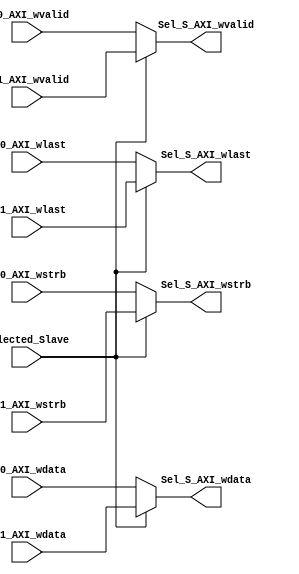
module WD_MUX_2_1 #(parameter S_Write_data_bus_width='d32,S_Write_data_bytes_num=S_Write_data_bus_width/8

) (
    input  wire                          Selected_Slave,

    input  wire  [S_Write_data_bus_width-1:0]   S00_AXI_wdata,//Write data bus
    input  wire  [S_Write_data_bytes_num-1:0]   S00_AXI_wstrb, // strops identifes the active data lines
    input  wire                                 S00_AXI_wlast, // last signal to identify the last transfer in a burst
    input  wire                                 S00_AXI_wvalid, // write valid signal
   
    input  wire  [S_Write_data_bus_width-1:0]   S01_AXI_wdata,//Write data bus
    input  wire  [S_Write_data_bytes_num-1:0]   S01_AXI_wstrb, // strops identifes the active data lines
    input  wire                                 S01_AXI_wlast, // last signal to identify the last transfer in a burst
    input  wire                                 S01_AXI_wvalid, // write valid signal
   
    output reg  [S_Write_data_bus_width-1:0]   Sel_S_AXI_wdata,//Write data bus
    output reg  [S_Write_data_bytes_num-1:0]   Sel_S_AXI_wstrb, // strops identifes the active data lines
    output reg                                 Sel_S_AXI_wlast, // last signal to identify the last transfer in a burst
    output reg                                 Sel_S_AXI_wvalid // write valid signal
    
);


always @(*) begin
    if (!Selected_Slave) begin
        Sel_S_AXI_wdata=S00_AXI_wdata;
        Sel_S_AXI_wstrb=S00_AXI_wstrb;
        Sel_S_AXI_wlast=S00_AXI_wlast;
        Sel_S_AXI_wvalid=S00_AXI_wvalid;
    end else begin
        Sel_S_AXI_wdata=S01_AXI_wdata;
        Sel_S_AXI_wstrb=S01_AXI_wstrb;
        Sel_S_AXI_wlast=S01_AXI_wlast;
        Sel_S_AXI_wvalid=S01_AXI_wvalid;
    end

end
    
endmodule